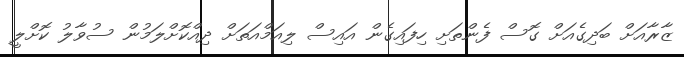
ޒާރާއަށް ބަދިގެއަށް ގޮސް ފެންތަށި ހިފައިގެން އައިސް ލިއަމްއަތަށް ދިއްކޮށްލަމުން ސުވާލު ކޮށްލީ